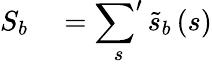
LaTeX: \begin{array}{rl}{S_{b}}&{{}=\displaystyle\sideset{}{'}\sum_{s}\widetilde{s}_{b}\left(s\right)}\end{array}